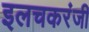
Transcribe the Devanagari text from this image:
इलचकरंजी